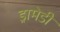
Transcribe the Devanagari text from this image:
ड्रामेडी